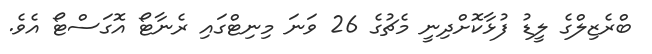
ބްރެޒިލްގެ ލީޑު ފުޅާކޮށްދިނީ މެޗުގެ 26 ވަނަ މިނިޓްގައި ރެނާޓޯ އޮގަސްޓޯ އެވެ.